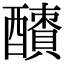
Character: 𨣜